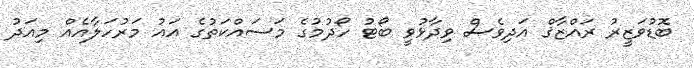
ބޮޑުވަޒީރު ރައްޒާޤް އަދިވެސް ވިދާޅުވީ ބޯޓު ހޯދުމުގެ މަސައްކަތުގެ އައު މަރުހަލާއެއް މިއަދު